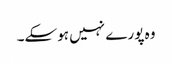
وہ پورے نہیں ہوسکے۔